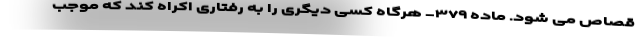
قصاص می شود. ماده ۳۷۹- هرگاه کسی دیگری را به رفتاری اکراه کند که موجب